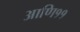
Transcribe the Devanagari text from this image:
आणि११